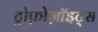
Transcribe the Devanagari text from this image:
ट्रोफ़ोज़ॉइट्स